Report of an investigation of the epidemic of malarial fever in Assam, or, kala-azar
Disease focus: Malaria
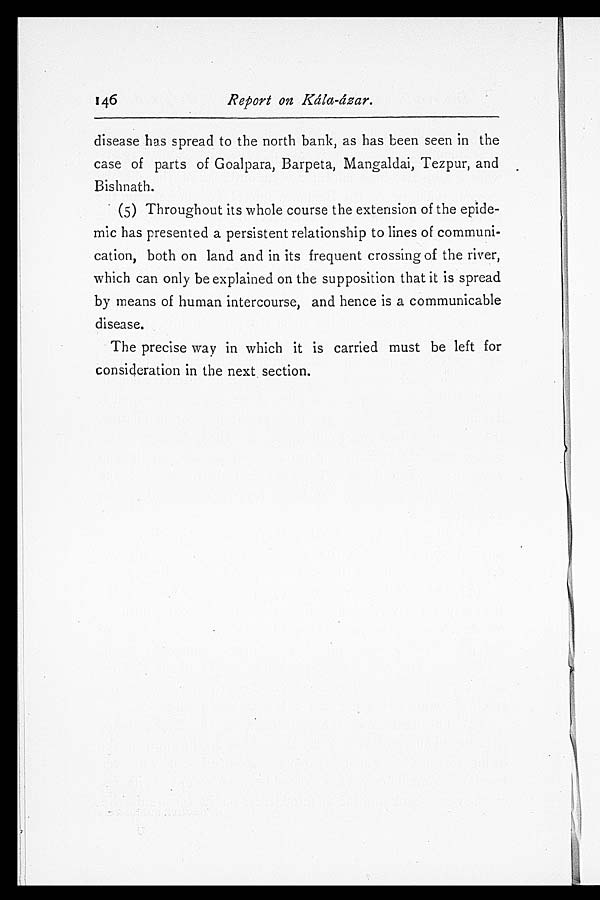
Report on Kála-ázar.
disease has spread to the north bank, as has been seen in the
case of parts of Goalpara, Barpeta, Mangaldai, Tezpur, and
Bishnath.
(5) Throughout its whole course the extension of the epide
-mic has presented a persistent relationship to lines of communi
- c a t i o n , b o t h o n l a n d a n d i n i t s f r e q u e n t c r o s s i n g o f t h e r i v e r ,
which can only be explained on the supposition that it is spread
by means of human intercourse, and hence is a communicable
disease.
The precise way in which it is carried must be left for
consideration in the next section.
146